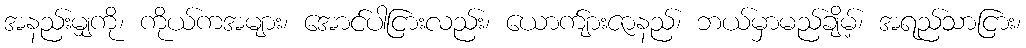
အနည်းမျှကို၊ ကိုယ်ကအများ၊ အောင်ပါငြားလည်း၊ ယောက်ျားဇာနည်၊ ဘယ်မှာမည်ချိမ့်၊ အရည်သာငြား၊